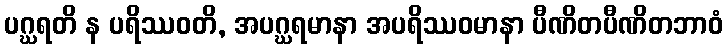
ပဂ္ဃရတိ န ပရိဿဝတိ, အပဂ္ဃရမာနာ အပရိဿဝမာနာ ပီဏိတပီဏိတဘာဝံ